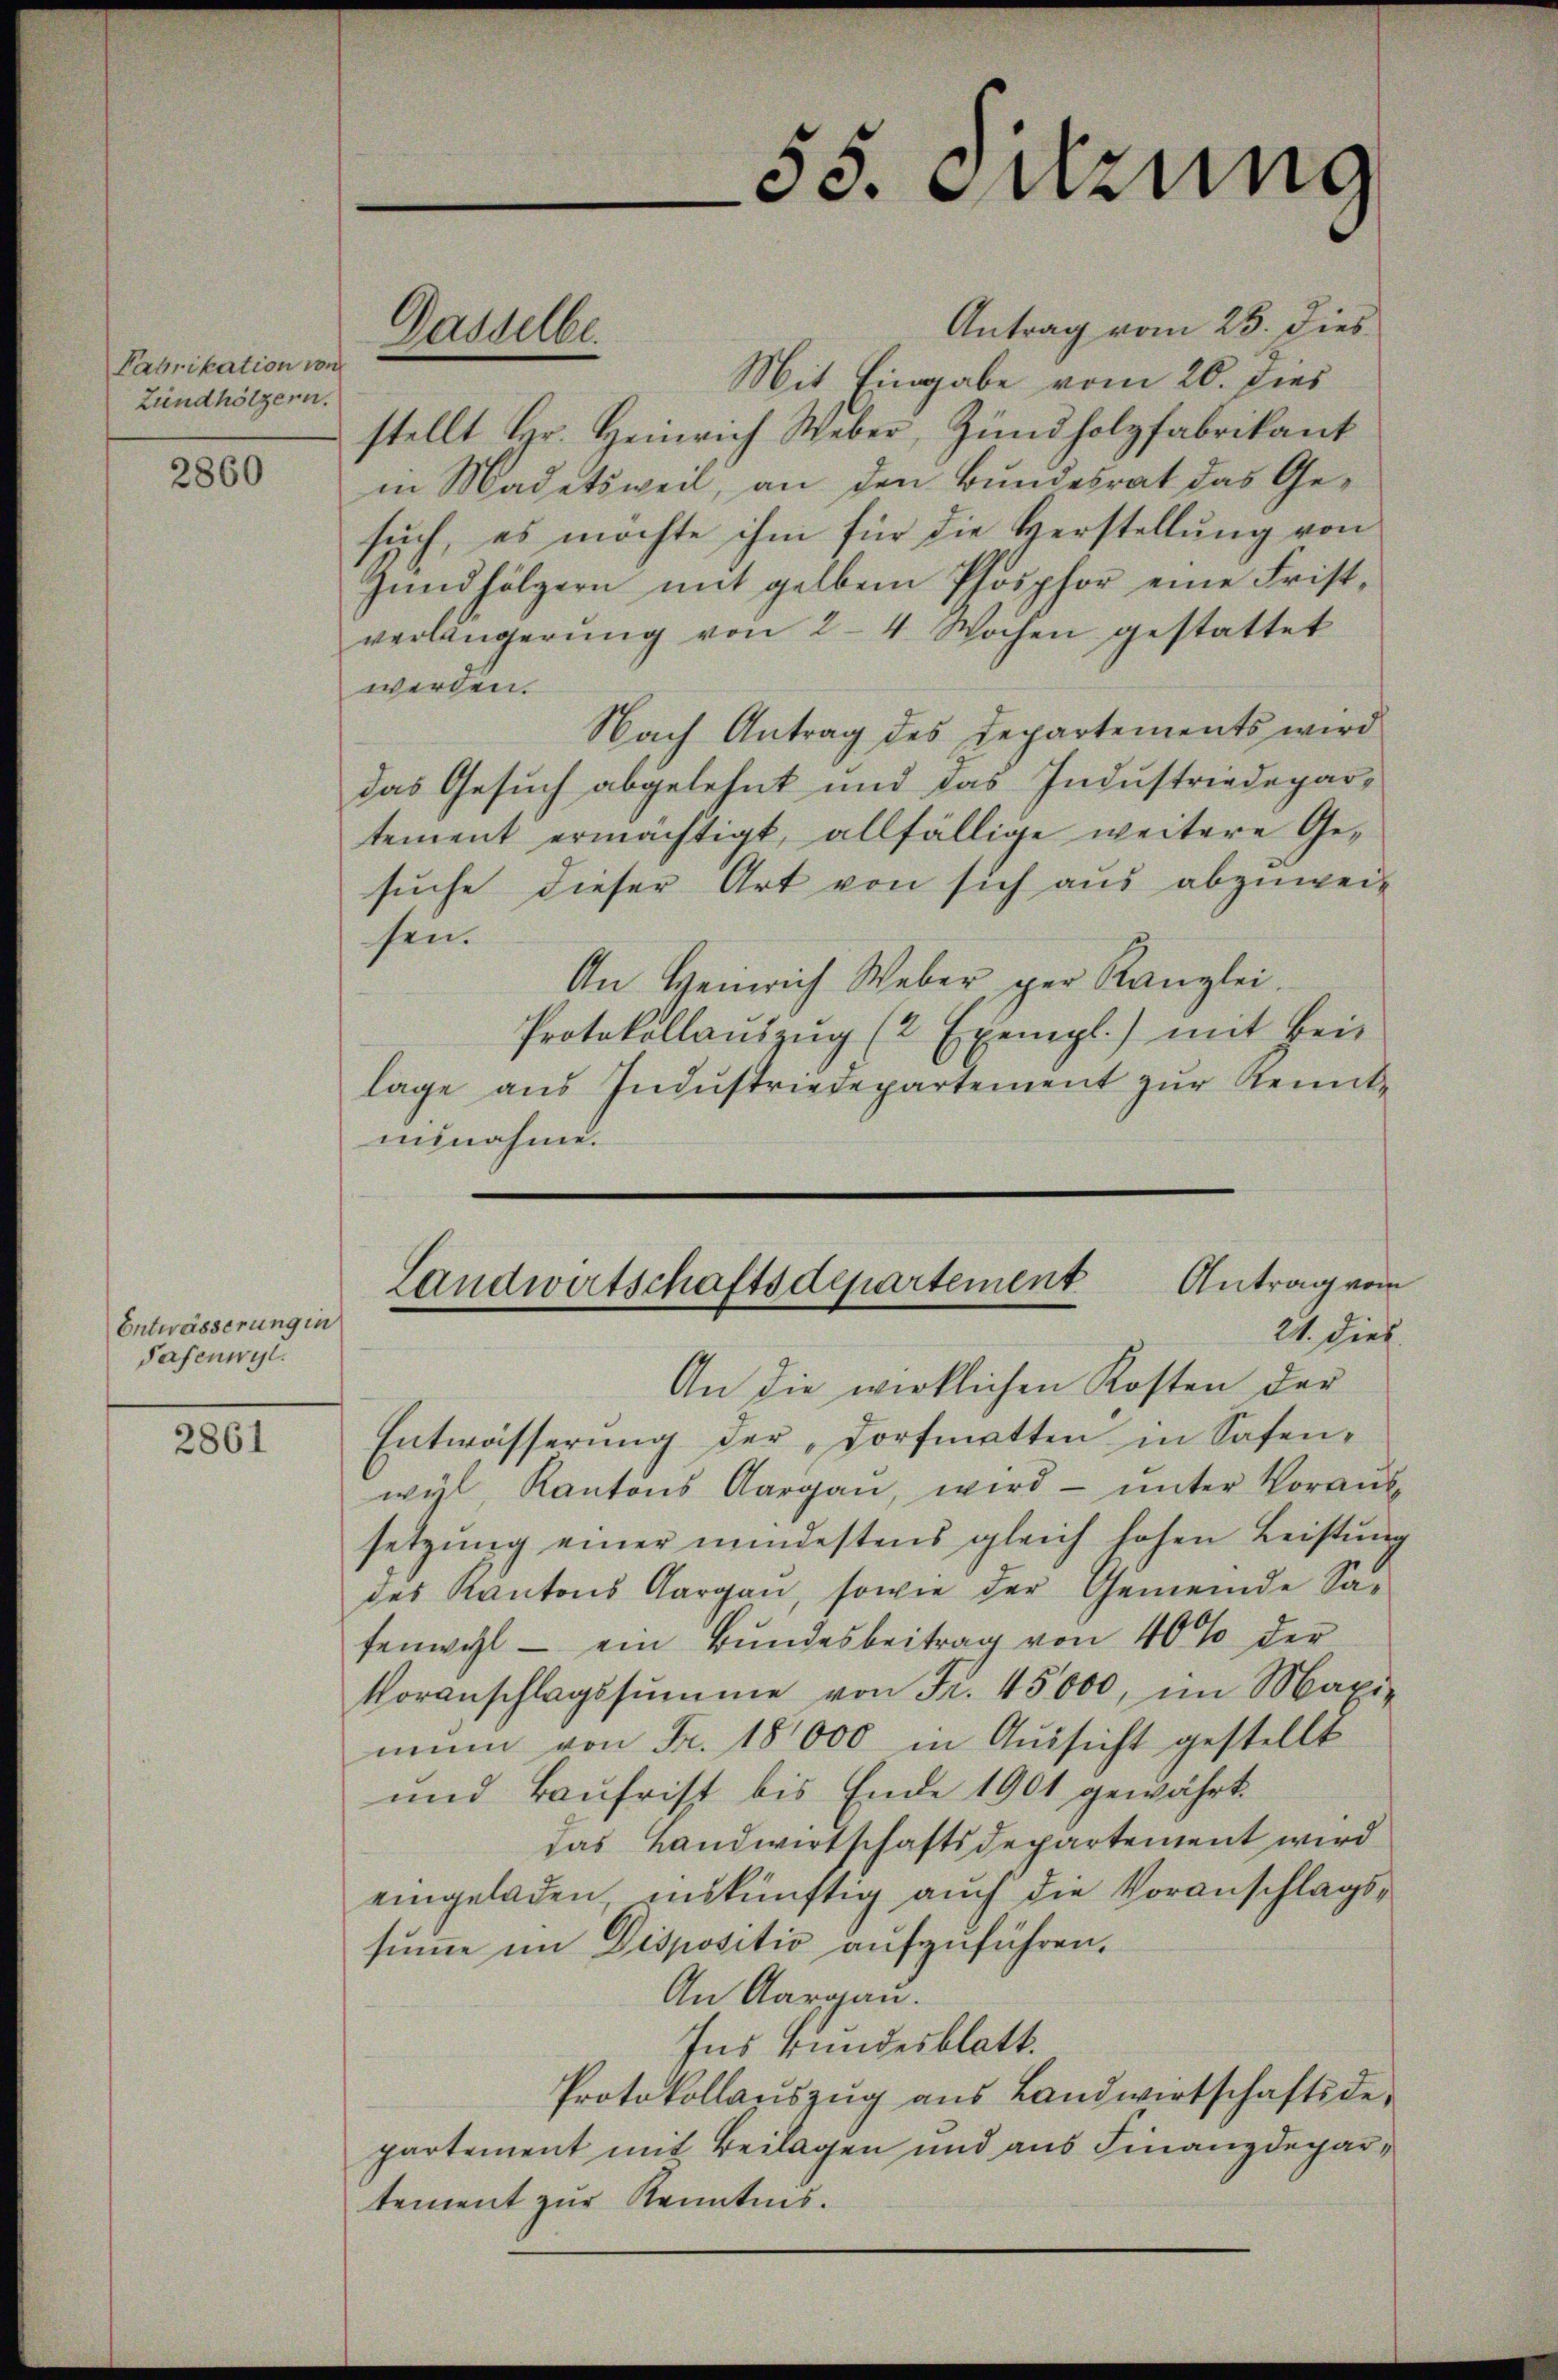
Fabrikation von
Zündhölzern.

2860

Entwässerung in
Safenwyl.

2861

Antrag vom 25. dies
Mit Eingabe vom 26. dies
stellt Hr. Heinrich Weber, Zündholzfabrikant
in Madetsweil, an den Bundesrat das Gesuch, es möchte ihm für die Verstellung von
Zundhölzern mit gelben Phosphor eine Fristverlängerŭng von 24. Wochen gestattet
werden.
Nach Antrag des Departements wird
das Gesuch abgelehnt und das Industriedepartement ermächtigt, allfällige weitere Gesuche dieser Art von sich aus abzuweihen.
An Heinrich Weber per Kanzlei.
Protokollaŭszŭg (2 Exempl.) mit Bei-
lage aus Industriedepartement zur Kennt-
annahme.

Gasselbe.

53. Sitzung

Landwirtschaftsdepartement Antrag vom
21. dies
An die wirklichen Kosten der

Entwässerung der Dorfmatten in Safenwyl, Kantons Aargau, wird ŭnter Voraus-
setzŭng einer mindestens gleich hohen Leistŭng
des Kantons Aargau, sowie der Gemeinde Safenwohl - ein Bŭndesbeitrag von 40% der
Voranschlagssumme von Fr. 45000, im Maxi-
mum von Fr. 18000 in Aussicht gestellt
und Baufrist bis Ende 1901 gewährt.
das Landwirtschaftsdepartement wird
eingeladen, inskünftig auch die Voranschlagssumme im Dispositio aufzuführen.
An Aargau.
Ins Bundesblatt.
Protokollaŭszŭg aŭs Landwirtschaftsde-
partement mit Beilagen und aus Finanzdepartement zur Kenntnis.